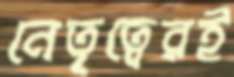
নেতৃত্বেরই